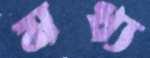
মধ্য